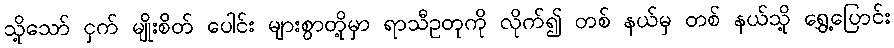
သို့သော် ငှက် မျိုးစိတ် ပေါင်း များစွာတို့မှာ ရာသီဥတုကို လိုက်၍ တစ် နယ်မှ တစ် နယ်သို့ ရွှေ့ပြောင်း